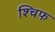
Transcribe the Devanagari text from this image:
श्चिफ